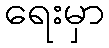
ရေးမှာ